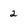
Character: 2